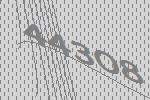
44308